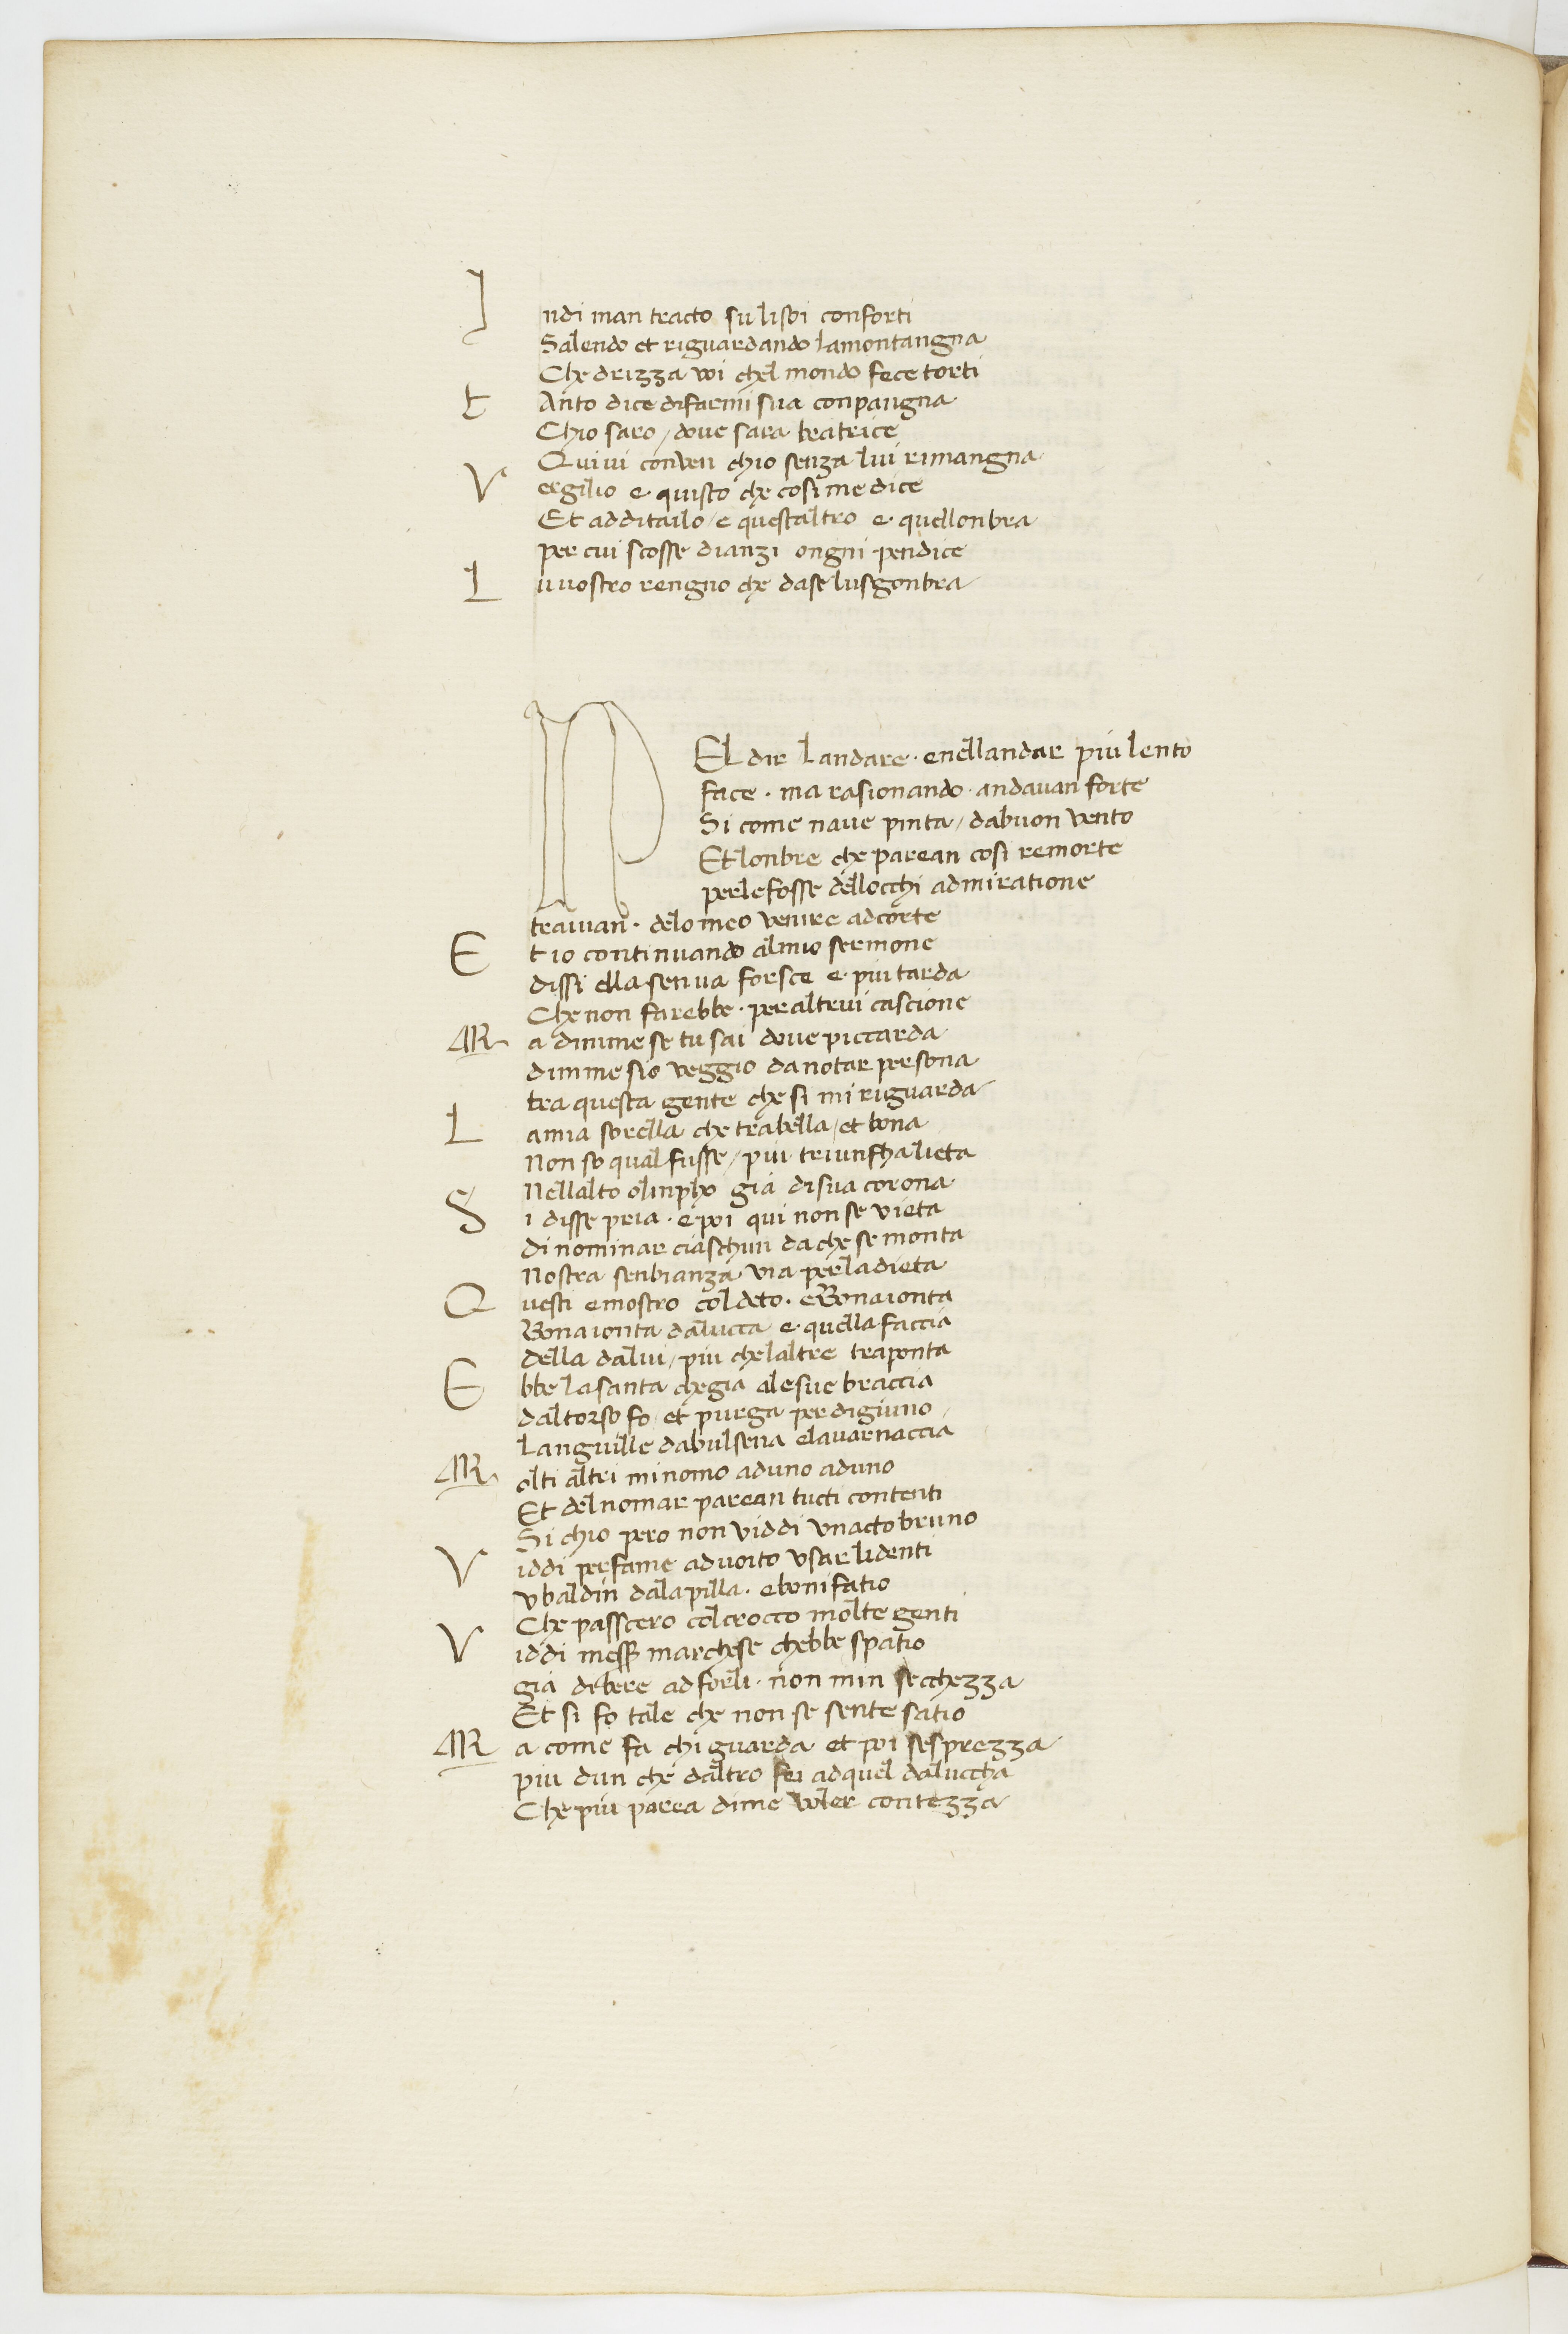
Shelfmark: Paris, BnF, ita. 70
Century: 15